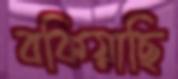
বকিয়াছি